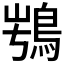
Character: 𩿭